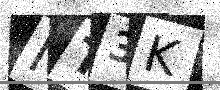
Text: NT3K